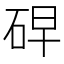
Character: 𰦸